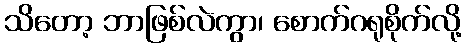
သိတော့ ဘာဖြစ်လဲကွာ၊ စောက်ဂရုစိုက်လို့